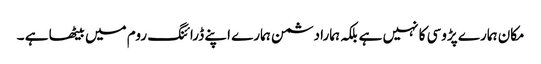
مکان ہمارے پڑوسی کا نہیں ہے بلکہ ہمارا دشمن ہمارے اپنے ڈرائنگ روم میں بیٹھا ہے ۔